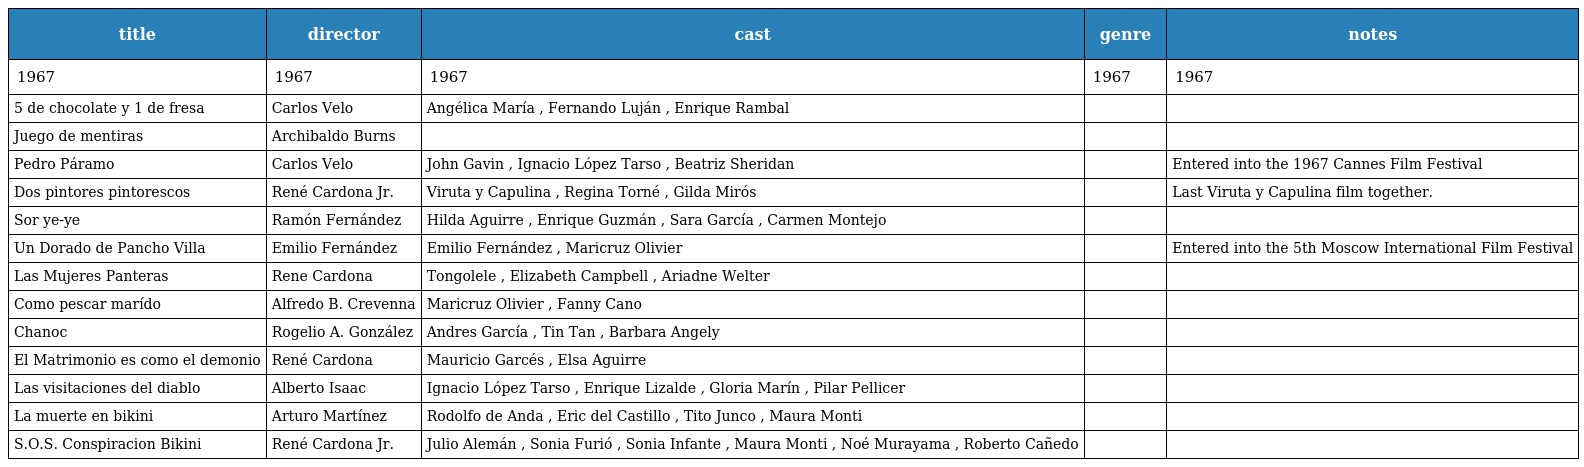
| title | director | cast | genre | notes |
 | --- | --- | --- | --- | --- |
 | 1967 | 1967 | 1967 | 1967 | 1967 |
 | 5 de chocolate y 1 de fresa | Carlos Velo | Angélica María , Fernando Luján , Enrique Rambal |  |  |
 | Juego de mentiras | Archibaldo Burns |  |  |  |
 | Pedro Páramo | Carlos Velo | John Gavin , Ignacio López Tarso , Beatriz Sheridan |  | Entered into the 1967 Cannes Film Festival |
 | Dos pintores pintorescos | René Cardona Jr. | Viruta y Capulina , Regina Torné , Gilda Mirós |  | Last Viruta y Capulina film together. |
 | Sor ye-ye | Ramón Fernández | Hilda Aguirre , Enrique Guzmán , Sara García , Carmen Montejo |  |  |
 | Un Dorado de Pancho Villa | Emilio Fernández | Emilio Fernández , Maricruz Olivier |  | Entered into the 5th Moscow International Film Festival |
 | Las Mujeres Panteras | Rene Cardona | Tongolele , Elizabeth Campbell , Ariadne Welter |  |  |
 | Como pescar marído | Alfredo B. Crevenna | Maricruz Olivier , Fanny Cano |  |  |
 | Chanoc | Rogelio A. González | Andres García , Tin Tan , Barbara Angely |  |  |
 | El Matrimonio es como el demonio | René Cardona | Mauricio Garcés , Elsa Aguirre |  |  |
 | Las visitaciones del diablo | Alberto Isaac | Ignacio López Tarso , Enrique Lizalde , Gloria Marín , Pilar Pellicer |  |  |
 | La muerte en bikini | Arturo Martínez | Rodolfo de Anda , Eric del Castillo , Tito Junco , Maura Monti |  |  |
 | S.O.S. Conspiracion Bikini | René Cardona Jr. | Julio Alemán , Sonia Furió , Sonia Infante , Maura Monti , Noé Murayama , Roberto Cañedo |  |  |